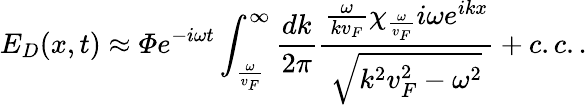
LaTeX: E_{D}(x,t)\approx\varPhi e^{-i\omega t}\int_{\frac{\omega}{v_{F}}}^{\infty}\frac{dk}{2\pi}\frac{\frac{\omega}{kv_{F}}\chi_{\frac{\omega}{v_{F}}}i\omega e^{ikx}}{\sqrt{k^{2}v_{F}^{2}-\omega^{2}}}+c.c..